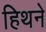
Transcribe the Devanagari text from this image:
हिथने